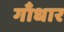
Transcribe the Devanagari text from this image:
गाँधार